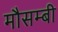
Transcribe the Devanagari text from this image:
मौसम्बी